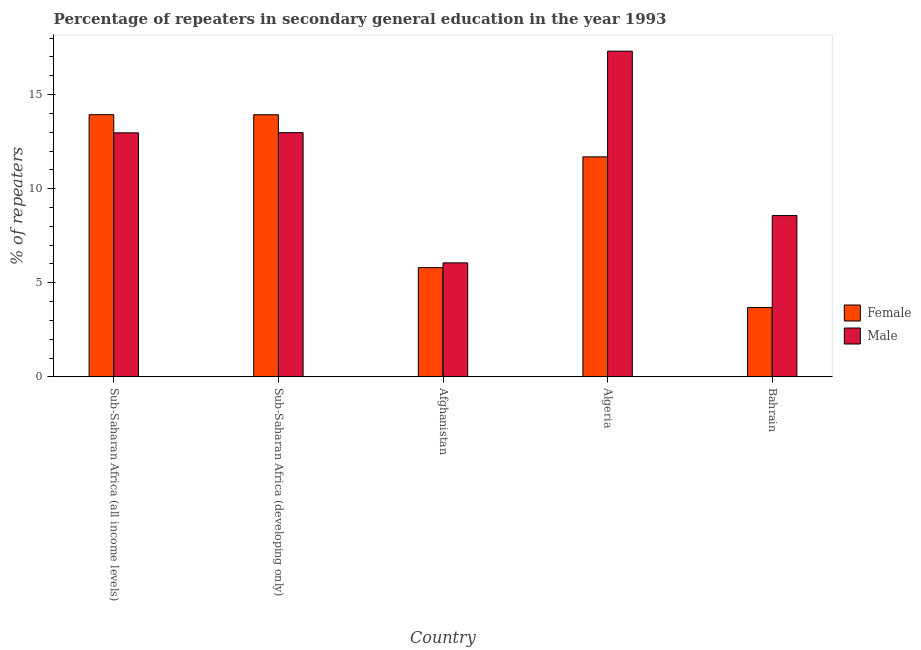
| Country | Female | Male |
 | --- | --- | --- |
 | Sub-Saharan Africa (all income levels) | 13.9 | 13 |
 | Sub-Saharan Africa (developing only) | 13.9 | 13 |
 | Afghanistan | 5.81 | 6.06 |
 | Algeria | 11.7 | 17.3 |
 | Bahrain | 3.68 | 8.57 |